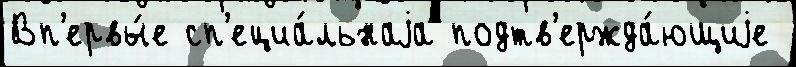
Вп'ервы́е сп'ециа́льнаjа подтв'ержда́ющиjе